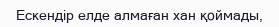
Ескендір елде алмаған хан қоймады,